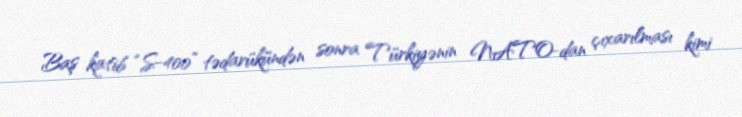
Baş katib “S-400” tədarükündən sonra Türkiyənin NATO-dan çıxarılması kimi